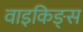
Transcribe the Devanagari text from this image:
वाइकिङ्स